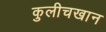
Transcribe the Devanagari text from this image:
कुलीचखान